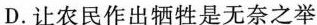
D.让农民作出牺牲是无奈之举